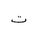
Letter: _ta